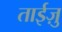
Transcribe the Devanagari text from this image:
ताईज़ु